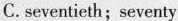
C.seventieth; seventy